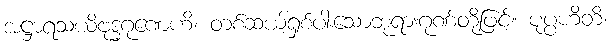
အဋ္ဌာရသယိဗုဒ္ဓဂုဏေဟိ၊ တစ်ဆယ့်ရှစ်ပါးသောဘုရားဂုဏ်တို့ဖြင့်။ ပုပ္ပဟိတိ၊